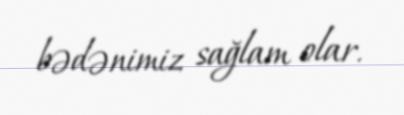
bədənimiz sağlam olar.